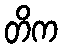
တိက